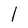
Character: l